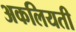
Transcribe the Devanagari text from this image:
अकलियती